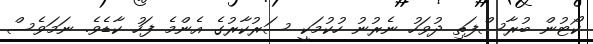
ކޯޓުން ބުރާސްފަތި ދުވަހު ނެރުނު ހުކުމަކީ ސަރުކާރުގެ އެންމެ ފަހު ކާޑެވެ. ނަމަވެސް